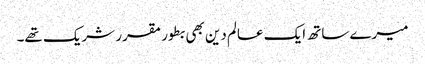
میرے ساتھ ایک عالم دین بھی بطور مقرر شریک تھے۔